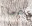
فى